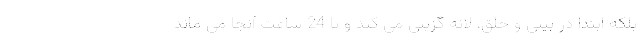
بلکه ابتدا در بینی و حلق، لانه گزینی می کند و تا 24 ساعت آنجا می ماند